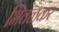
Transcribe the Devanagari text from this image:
भिवळकर